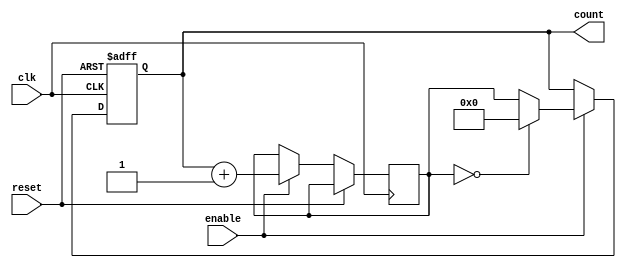
module counter (
    input wire clk,
    input wire reset,
    input wire enable,
    output reg [3:0] count
);

reg [3:0] next_count;

always @ (posedge clk or posedge reset) begin
    if (reset) begin
        count <= 4'b0000;
    end else begin
        if (enable) begin
            next_count <= count + 1;
            if (next_count == 4'b10000) begin
                count <= 4'b0000;
            end else begin
                count <= next_count;
            end
        end
    end
end

endmodule